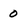
Character: 0